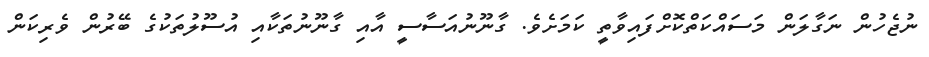
ނުޖެހުން ނަގާލަން މަސައްކަތްކޮށްފައިވާތީ ކަމަށެވެ. ގާނޫނުއަސާސީ އާއި ގާނޫނުތަކާއި އުސޫލުތަކުގެ ބޭރުން ވެރިކަން